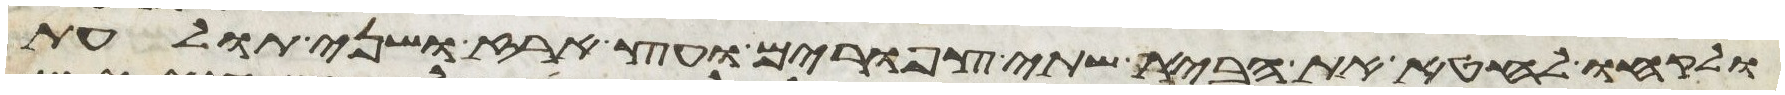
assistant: ולקחו לחטא את הבית שתי צפורים ועץ ארז ושני תולעת